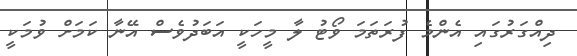
ދިއްގަރުގައި އެންމެ ފުރަތަމަ ވޯޓު ލާ މީހަކީ އަބަދުވެސް އޭނާ ކަމަށް ވުމަކީ